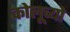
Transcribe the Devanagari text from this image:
कोलूच्यो